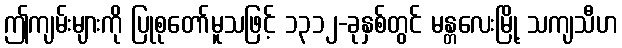
ဤကျမ်းများကို ပြုစုတော်မူသဖြင့် ၁၃၁၂-ခုနှစ်တွင် မန္တလေးမြို့ သကျသီဟ